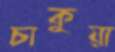
চাকুয়া